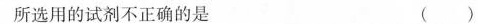
所选用的试剂不正确的是 （ ）